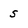
Character: 5